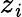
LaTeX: z_{\mathit{i}}